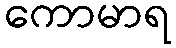
ကောမာရ